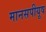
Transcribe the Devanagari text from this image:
मानसपीयूष